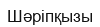
Шәріпқызы